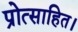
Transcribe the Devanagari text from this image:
प्रोत्साहित।